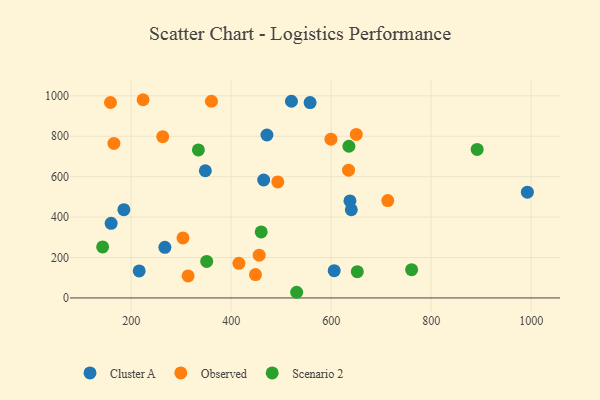
{"axis": {"x": "Engine Size", "y": "Profit"}, "legend": ["Cluster A", "Observed", "Scenario 2"], "data": [{"x": "465.1", "y": 583.6, "type": "Cluster A"}, {"x": "216.1", "y": 133.8, "type": "Cluster A"}, {"x": "267.5", "y": 250.6, "type": "Cluster A"}, {"x": "637.6", "y": 480.0, "type": "Cluster A"}, {"x": "640.3", "y": 436.3, "type": "Cluster A"}, {"x": "348.4", "y": 629.4, "type": "Cluster A"}, {"x": "992.4", "y": 523.1, "type": "Cluster A"}, {"x": "557.9", "y": 966.8, "type": "Cluster A"}, {"x": "471.6", "y": 806.3, "type": "Cluster A"}, {"x": "185.5", "y": 436.6, "type": "Cluster A"}, {"x": "520.6", "y": 973.1, "type": "Cluster A"}, {"x": "160.0", "y": 369.1, "type": "Cluster A"}, {"x": "606.1", "y": 135.2, "type": "Cluster A"}, {"x": "634.8", "y": 632.2, "type": "Observed"}, {"x": "223.9", "y": 980.7, "type": "Observed"}, {"x": "448.7", "y": 115.5, "type": "Observed"}, {"x": "456.1", "y": 211.4, "type": "Observed"}, {"x": "599.6", "y": 785.7, "type": "Observed"}, {"x": "650.3", "y": 808.9, "type": "Observed"}, {"x": "313.9", "y": 109.0, "type": "Observed"}, {"x": "158.7", "y": 967.0, "type": "Observed"}, {"x": "303.7", "y": 296.9, "type": "Observed"}, {"x": "415.5", "y": 171.2, "type": "Observed"}, {"x": "263.2", "y": 797.8, "type": "Observed"}, {"x": "165.6", "y": 764.3, "type": "Observed"}, {"x": "360.6", "y": 973.2, "type": "Observed"}, {"x": "713.2", "y": 482.0, "type": "Observed"}, {"x": "493.3", "y": 574.1, "type": "Observed"}, {"x": "635.5", "y": 750.6, "type": "Scenario 2"}, {"x": "531.0", "y": 28.1, "type": "Scenario 2"}, {"x": "334.5", "y": 732.2, "type": "Scenario 2"}, {"x": "892.0", "y": 734.7, "type": "Scenario 2"}, {"x": "460.1", "y": 326.6, "type": "Scenario 2"}, {"x": "143.0", "y": 252.4, "type": "Scenario 2"}, {"x": "351.1", "y": 180.6, "type": "Scenario 2"}, {"x": "652.3", "y": 129.9, "type": "Scenario 2"}, {"x": "760.9", "y": 139.7, "type": "Scenario 2"}]}